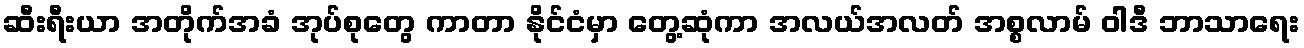
ဆီးရီးယာ အတိုက်အခံ အုပ်စုတွေ ကာတာ နိုင်ငံမှာ တွေ့ဆုံကာ အလယ်အလတ် အစ္စလာမ် ဝါဒီ ဘာသာရေး